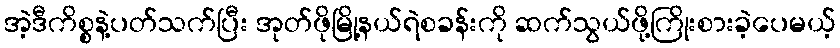
အဲ့ဒီကိစ္စနဲ့ပတ်သက်ပြီး အုတ်ဖိုမြို့နယ်ရဲစခန်းကို ဆက်သွယ်ဖို့ကြိုးစားခဲ့ပေမယ့်